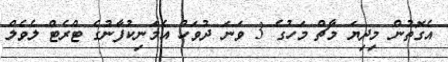
އެގޮތުން މިދިޔަ މާޗް މަހުގެ 3 ވަނަ ދުވަހު އެމަނިކުފާނުގެ ޓްރެޓް ލެވެލް